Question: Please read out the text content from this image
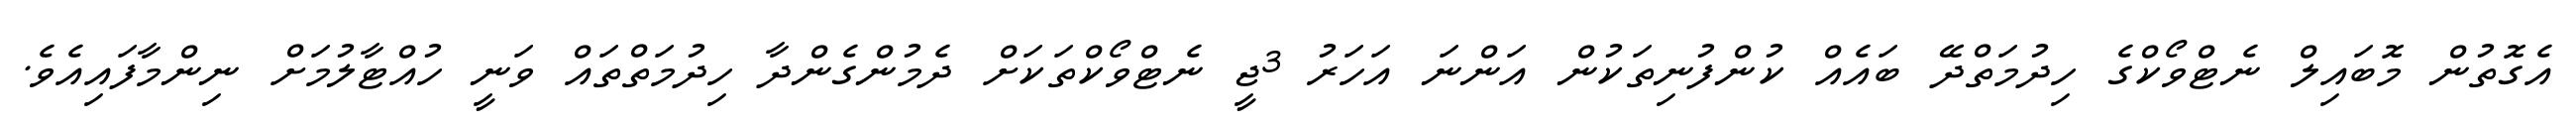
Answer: އެގޮތުން މޮބައިލް ނެޓްވޯކްގެ ހިދުމަތްދޭ ބައެއް ކުންފުނިތަކުން އަންނަ އަހަރު 3ޖީ ނެޓްވޯކްތަކަށް ދެމުންގެންދާ ހިދުމަތްތައް ވަނީ ހުއްޓާލުމަށް ނިންމާފައިއެވެ.